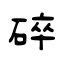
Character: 碎